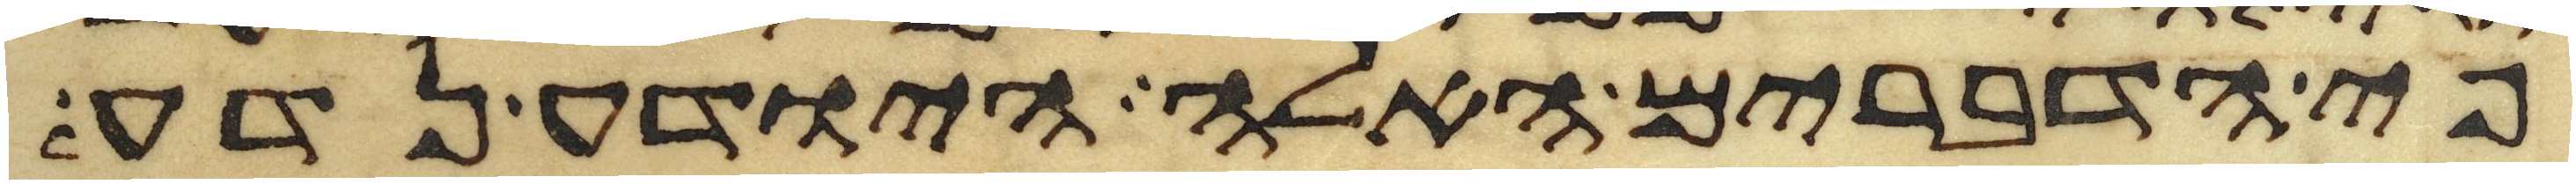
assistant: פי הדברים האלה היודע נדע